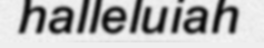
halleluiah